Annual administration report of the Civil Veterinary Department, Sind - 1943-1944
Year: 1943
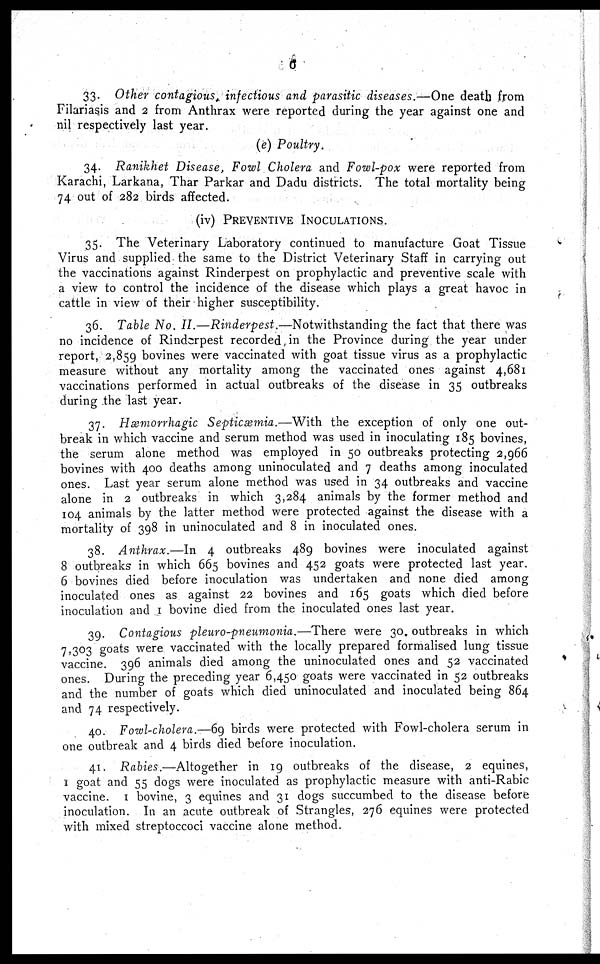
6
33. Other contagious, infectious and parasitic diseases.—One death from
Filariasis and 2 from Anthrax were reported during the year against one and
nil respectively last year.
(e) Poultry.
34. Ranikhet Disease, Fowl Cholera and Fowl-pox were reported from
Karachi, Larkana, Thar Parkar and Dadu districts. The total mortality being
74 out of 282 birds affected.
(iv)
PREVWNTIVE INOCULATIONS.
35. The Veterinary Laboratory continued to manufacture Goat Tissue
Virus and supplied the same to the District Veterinary Staff in carrying out
the vaccinations against Rinderpest on prophylactic and preventive scale with
a view to control the incidence of the disease which plays a great havoc in
cattle in view of their higher susceptibility.
36. Table No. II.—Rinderpest.—Notwithstanding
the fact that there was
no incidence of Rinderpest recorded in the Province during the year under
report, 2,859 bovines were vaccinated with goat tissue virus as a prophylactic
measure without any mortality among the vaccinated ones against 4,681
vaccinations performed in actual outbreaks of the disease in 35 outbreaks
during the last year.
37. Hæmorrhagic Septicæmia.—With
the exception of only one out-
break in which vaccine and serum method was used in inoculating 185 bovines,
the serum alone method was employed in 50 outbreaks protecting 2,966
bovines with 400 deaths among uninoculated and 7 deaths among inoculated
ones. Last year serum alone method was used in 34 outbreaks and vaccine
alone in 2 outbreaks in which 3,284 animals by the former method and
104 animals by the latter method were protected against the disease with a
mortality of 398 in uninoculated and 8 in inoculated ones.
38. Anthrax.—In
4 outbreaks 489 bovines were inoculated against
8 outbreaks in which 665 bovines and 452 goats were protected last year.
6 bovines died before inoculation was undertaken and none died among
inoculated ones as against 22 bovines and 165 goats which died before
inoculation and 1 bovine died from the inoculated ones last year.
39. Contagious pleuro-pneumonia.—There
were 30. outbreaks in which
7,303 goats were vaccinated with the locally prepared formalised lung tissue
vaccine. 396 animals died among the uninoculated ones and 52 vaccinated
ones. During the preceding year 6,450 goats were vaccinated in 52 outbreaks
and the number of goats which died uninoculated and inoculated being 864
and 74 respectively.
40. Fowl-cholera.—69 birds were protected with Fowl-cholera serum in
one outbreak and 4 birds died before inoculation.
41. Rabies.—Altogether
in 19 outbreaks of the disease, 2 equines,
1 goat and 55 dogs were inoculated as prophylactic measure with anti-Rabic
vaccine. 1 bovine, 3 equines and 31 dogs succumbed to the disease before
inoculation. In an acute outbreak of Strangles, 276 equines were protected
with mixed streptoccoci vaccine alone method.